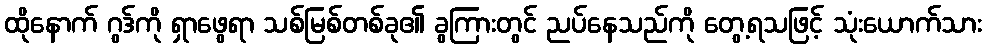
ထိုနောက် ဂွဒ်ကို ရှာဖွေရာ သစ်မြစ်တစ်ခု၏ ခွကြားတွင် ညပ်နေသည်ကို တွေ့ရသဖြင့် သုံးယောက်သား